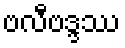
ဗလီဗဒ္ဒဿ